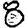
Digit: 8